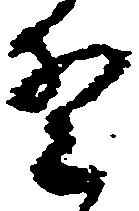
野